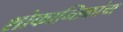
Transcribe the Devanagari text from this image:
शोकान्तिकांचा